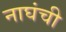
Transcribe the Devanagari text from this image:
नाघंची